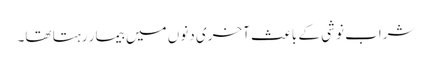
شراب نوشی کے باعث آخری دنوں میں بیمار رہتا تھا۔